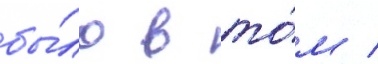
бы́ло в то́м /